Problem: 18 ÷ 3 = ?
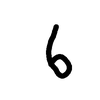
Handwritten answer: 6